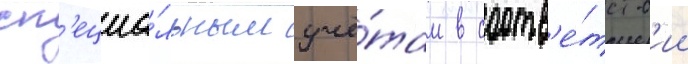
сп'ециа́льным учё́там в соотв'е́тств'ии